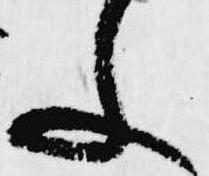
文